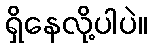
ရှိနေလို့ပါပဲ။